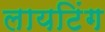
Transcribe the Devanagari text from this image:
लायटिंग